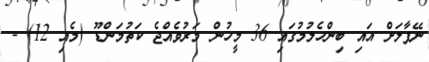
ނޭޕާލަށް އައި ބިންހެލުމުގައި 36 މީހުން މަރުވެއްޖެ ކަތުމަންޑޫ (މެއި 12) -